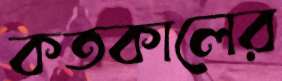
কতকালের